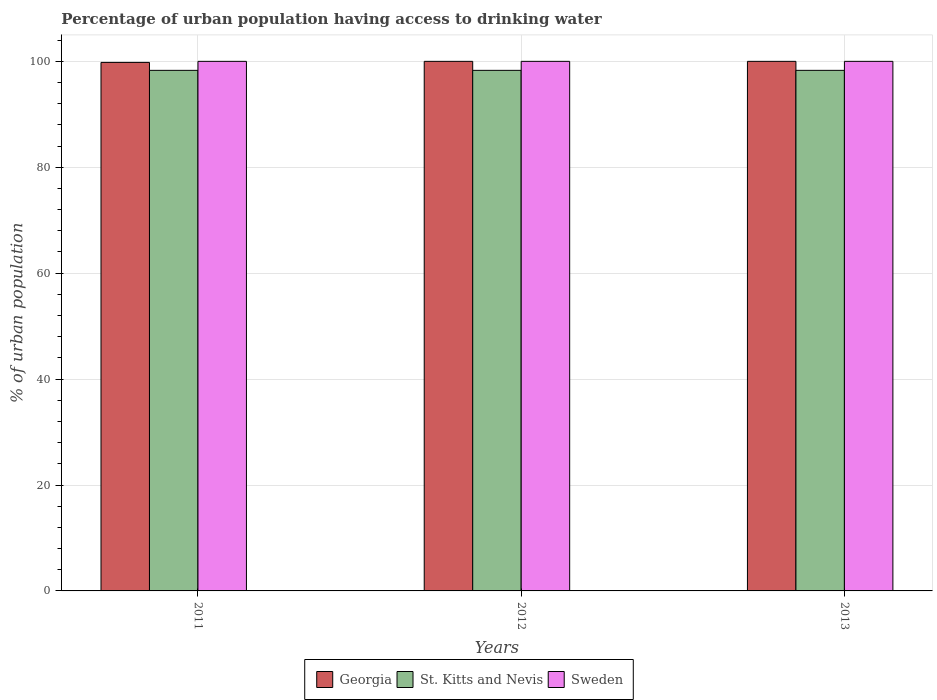
| Years | Georgia | St. Kitts and Nevis | Sweden |
 | --- | --- | --- | --- |
 | 2011 | 99.8 | 98.3 | 100 |
 | 2012 | 100 | 98.3 | 100 |
 | 2013 | 100 | 98.3 | 100 |